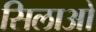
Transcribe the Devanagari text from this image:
सिलाओ